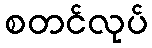
စတင်လုပ်